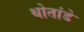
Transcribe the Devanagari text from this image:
थोतांडे